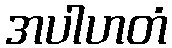
အပါဟတံ